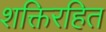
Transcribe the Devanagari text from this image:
शक्तिरहित